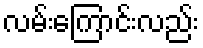
လမ်းကြောင်းလည်း